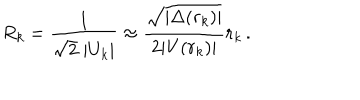
LaTeX: R _ { k } = \frac { 1 } { \sqrt { 2 } \; | U _ { k } | } \approx \frac { \sqrt { | \Delta ( r _ { k } ) | } } { 2 | V ( r _ { k } ) | } r _ { k } \, .